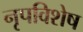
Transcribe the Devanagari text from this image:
नृपविशेष